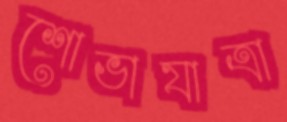
শোভাযাত্রা